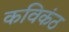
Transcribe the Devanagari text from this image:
कविकंठ